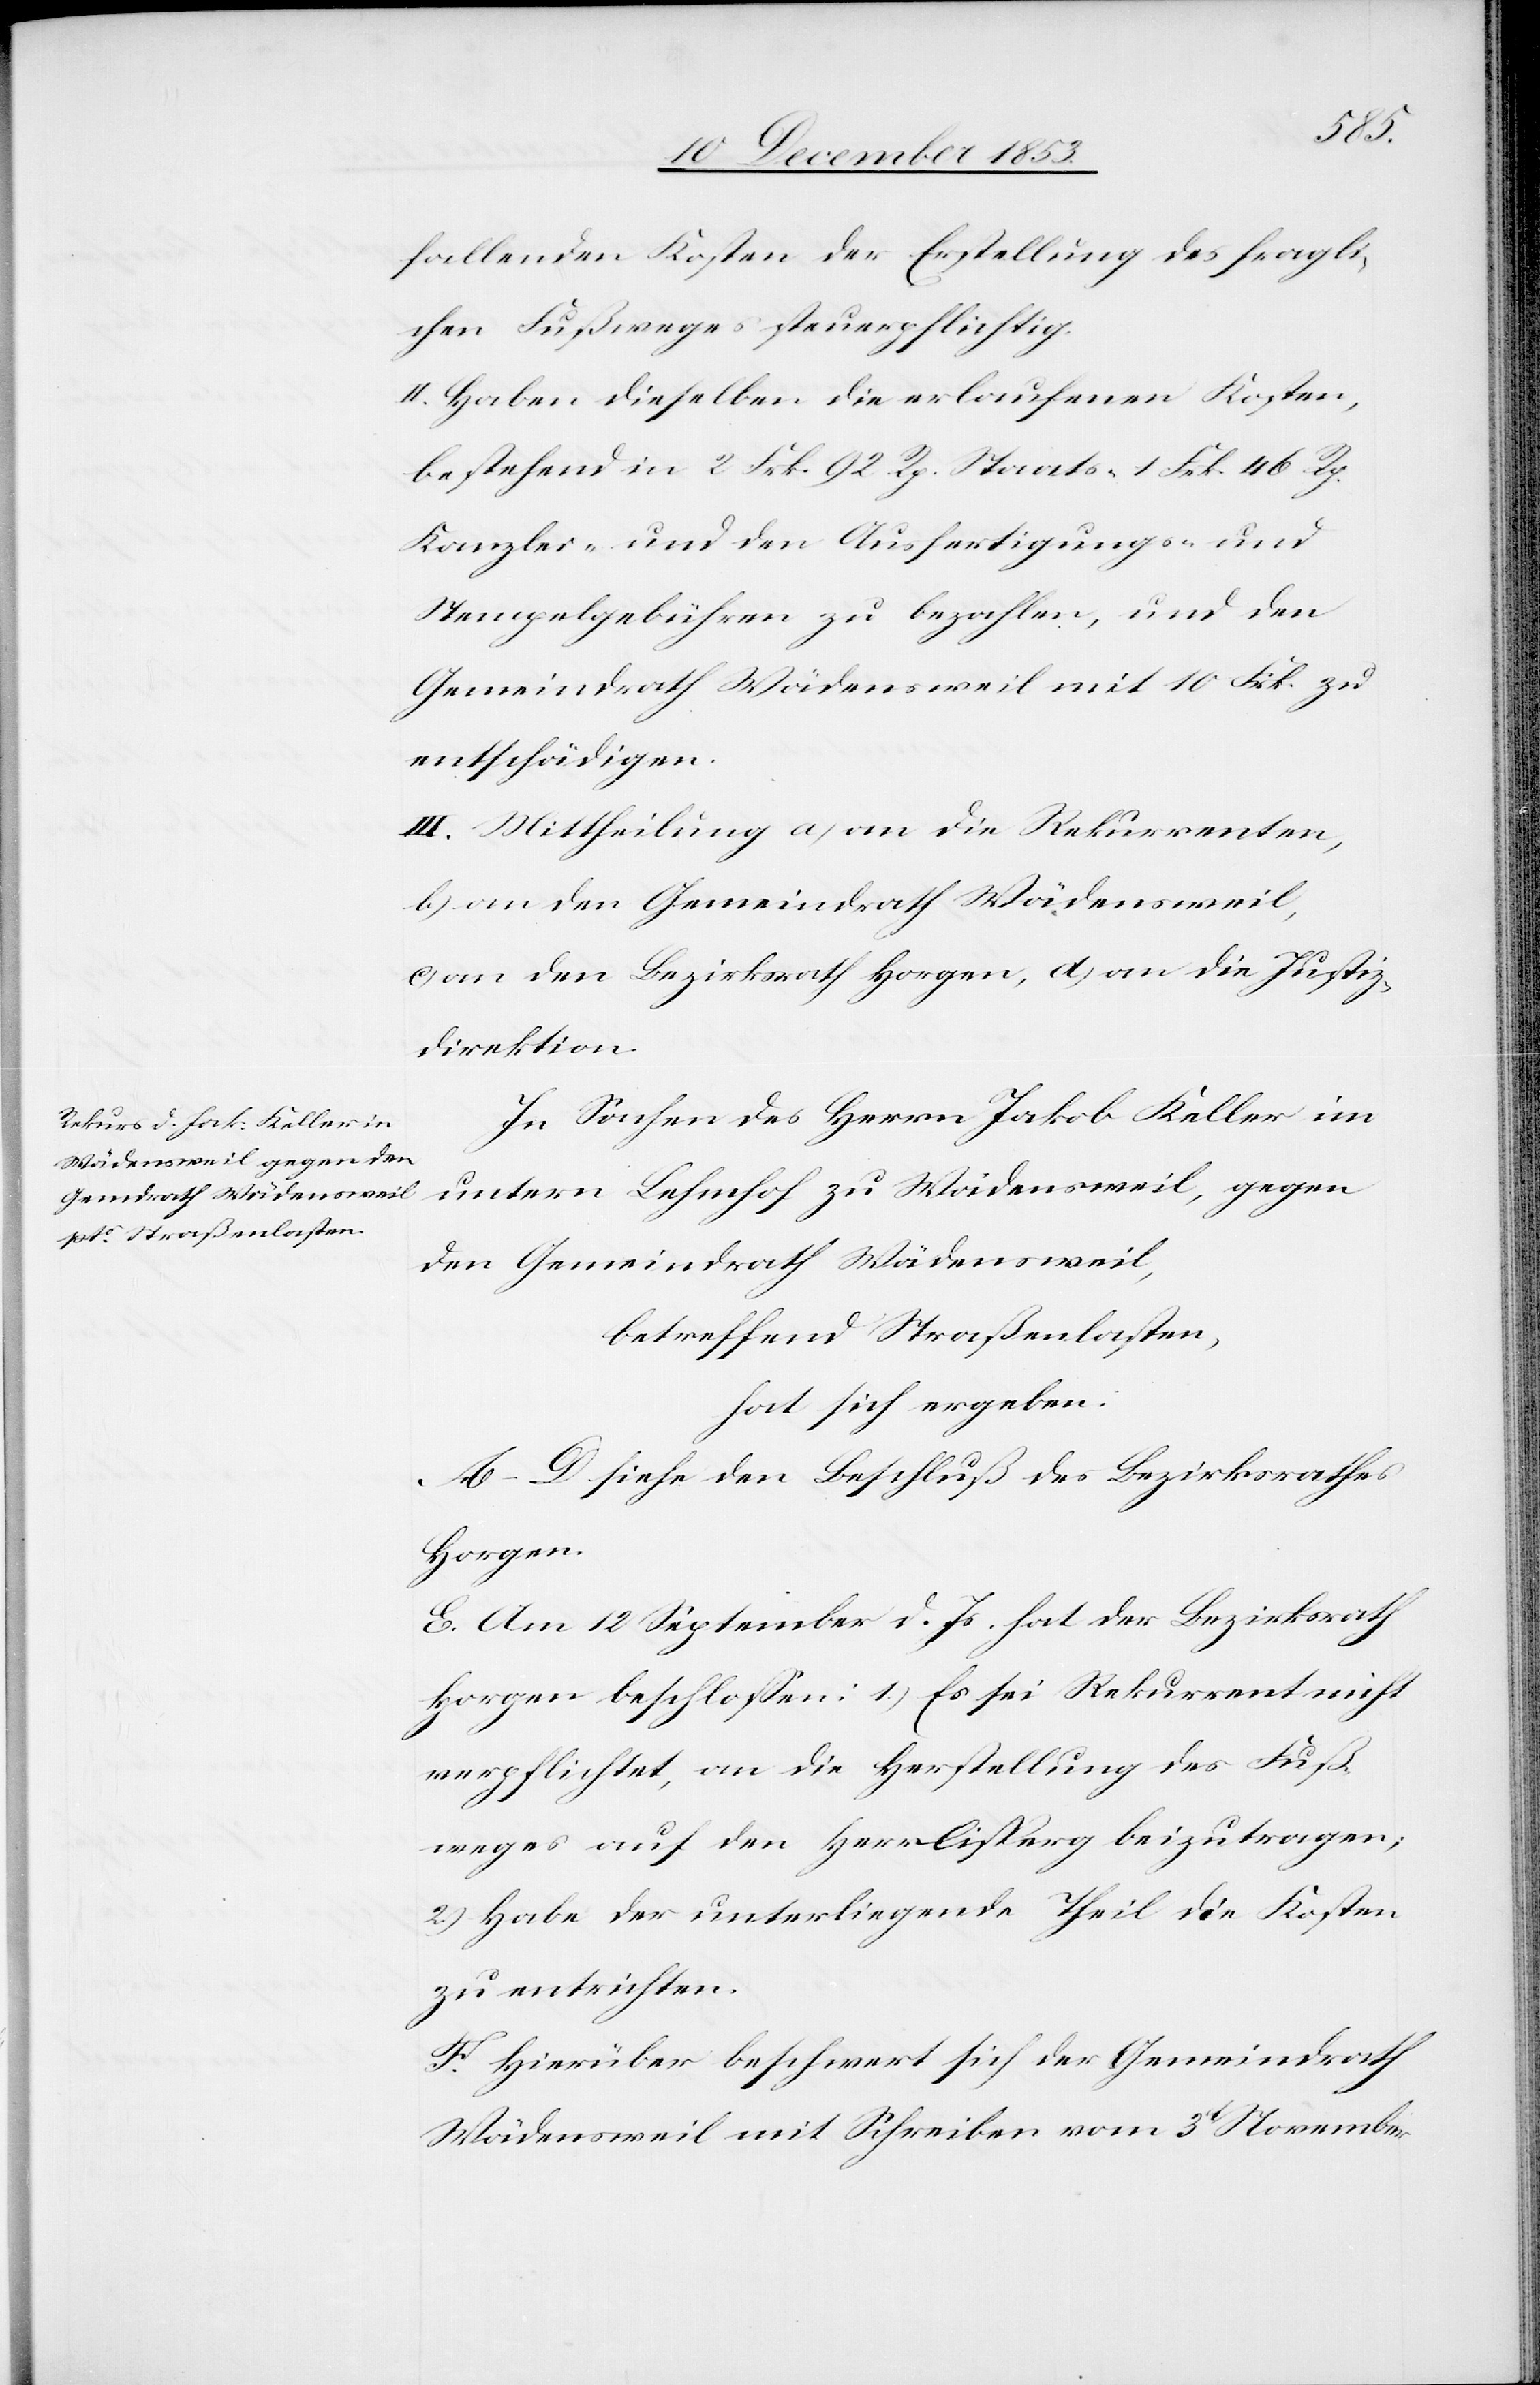
fallenden Kosten der Erstellung des fragli¬
chen Fußweges steuerpflichtig.
II. Haben dieselben die erlaufenen Kosten,
bestehend in 2 Frk. 92 Rp. Staats- 1 Frk. 46 Rp.
Kanzlei- und den Ausfertigungs- u.
Stempelgebühren zu bezahlen, und den
Gemeindrath Wädensweil mit 10 Frk. zu
entschädigen.
III. Mittheilung a) an die Rekurrenten,
b) an den Gemeindrath Wädensweil,
an den Bezirksrath Horgen, d) an die Justiz¬
direktion.
In Sachen des Herrn Jakob Keller im
untern Lehnhof zu Wädensweil, gegen
den Gemeindrath Wädensweil,
betreffend Straßenlasten,
hat sich ergeben:
A–D siehe den Beschluß des Bezirksrathes
Horgen.
E. Am 12 September d. Js. hat der Bezirksrath
Horgen beschloßen: 1) Es sei Rekurrent nicht
verpflichtet, an die Herstellung des Fuß¬
weges auf den Herrlisperg beizutragen;
2) Habe der unterliegende Theil die Kosten
zu entrichten.
F. Hierüber beschwert sich der Gemeindrath
Wädensweil mit Schreiben vom 3t November